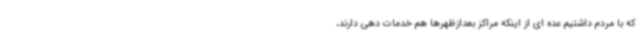
که با مردم داشتیم عده ای از اینکه مراکز بعدازظهرها هم خدمات دهی دارند،